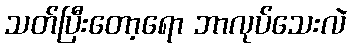
သတ်ပြီးတော့ရော ဘာလုပ်သေးလဲ